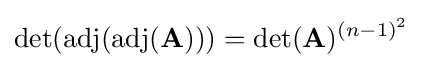
\det(\operatorname {adj} (\operatorname {adj} (\mathbf {A} )))=\det(\mathbf {A} )^{(n-1)^{2}}